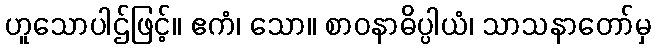
ဟူသောပါဌ်ဖြင့်။ ဧကံ၊ သော။ စာဝနာဓိပ္ပါယံ၊ သာသနာတော်မှ